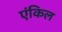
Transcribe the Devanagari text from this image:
एंकिल